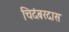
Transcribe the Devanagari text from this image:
चिदंबरदास